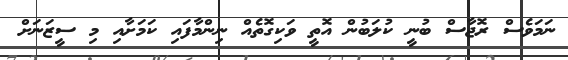
ނަމަވެސް ރޮޖާސް ބުނީ ކުލަބުން އޮތީ ވަކިގޮތެއް ނިންމާފައި ކަމަށާއި މި ސީޒަނަށް